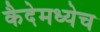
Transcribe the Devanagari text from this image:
कैदेमध्येच